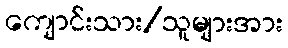
ကျောင်းသား/သူများအား